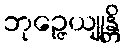
ဘုဉ္ဇေယျုန္တိ